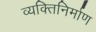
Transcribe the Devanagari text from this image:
व्यक्तिनिर्माण